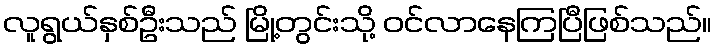
လူရွယ်နှစ်ဦးသည် မြို့တွင်းသို့ ဝင်လာနေကြပြီဖြစ်သည်။